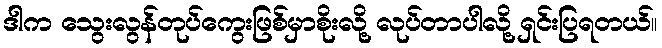
ဒါက သွေးလွန်တုပ်ကွေးဖြစ်မှာစိုးလို့ လုပ်တာပါလို့ ရှင်းပြရတယ်။